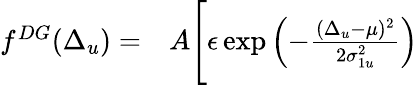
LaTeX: \begin{array}{rl}{f^{DG}(\Delta_{u})=}&{{}A\Bigg[\epsilon\exp\left(-\frac{(\Delta_{u}-\mu)^{2}}{2\sigma_{1u}^{2}}\right)}\end{array}